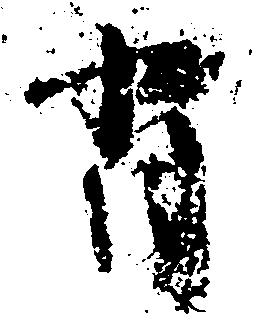
背